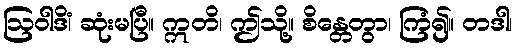
ဩဝါဒိံ၊ ဆုံးမပြီ။ ဣတိ၊ ဤသို့။ စိန္တေတွာ၊ ကြံ၍။ တဒါ၊